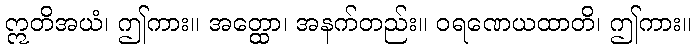
ဣတိအယံ၊ ဤကား။ အတ္ထော၊ အနက်တည်း။ ဝရဏေယထာတိ၊ ဤကား။